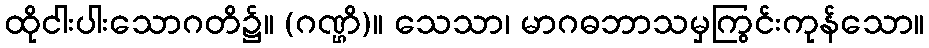
ထိုငါးပါးသောဂတိ၌။ (ဂဏ္ဌိ)။ သေသာ၊ မာဂဓဘာသမှကြွင်းကုန်သော။